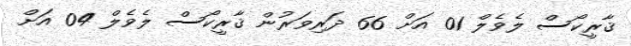
ޤާރީކޯސް ލެވެލް 01 އަށް 66 ދަރިވަރުން ޤާރީކޯސް ލެވެލް 04 އަށް